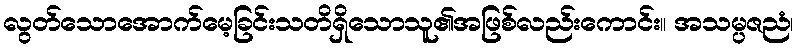
လွတ်သောအောက်မေ့ခြင်းသတိရှိသောသူ၏အဖြစ်လည်းကောင်း။ အသမ္ပဇညံ၊